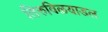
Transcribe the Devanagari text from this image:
तिरुविळयाडल